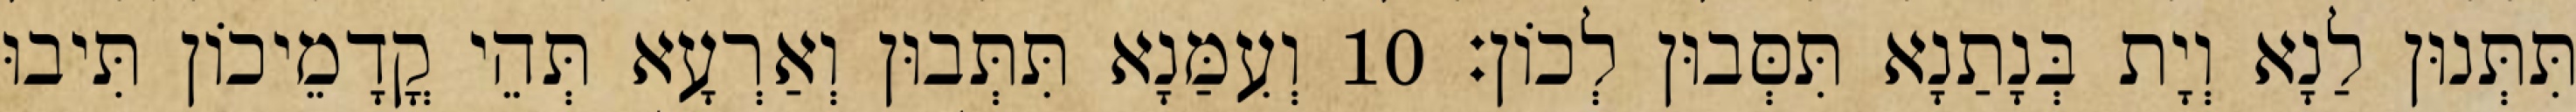
תִּתְּנוּן לַנָא וְיָת בְּנָתַנָא תִּסְּבוּן לְכוֹן׃ 10 וְעִמַּנָא תִּתְּבוּן וְאַרְעָא תְּהֵי קֳדָמֵיכוֹן תִּיבוּ